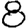
Digit: 8